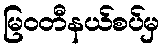
မြဝတီနယ်စပ်မှ